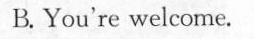
B. You're welcome.